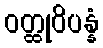
ဝတ္ထုဝိပန္နံ